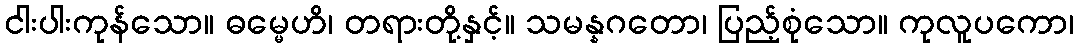
ငါးပါးကုန်သော။ ဓမ္မေဟိ၊ တရားတို့နှင့်။ သမန္နဂတော၊ ပြည့်စုံသော။ ကုလူပကော၊